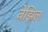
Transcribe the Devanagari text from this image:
बेझिल